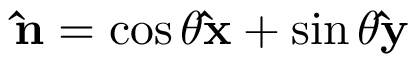
\mathbf { \hat { n } } = \cos \theta \mathbf { \hat { x } } + \sin \theta \mathbf { \hat { y } }